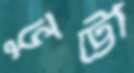
ভুট্টো